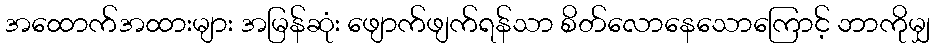
အထောက်အထားများ အမြန်ဆုံး ဖျောက်ဖျက်ရန်သာ စိတ်လောနေသောကြောင့် ဘာကိုမျှ